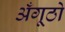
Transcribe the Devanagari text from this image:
अँगूठो